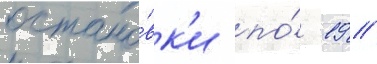
остано́вк'и по́ -19 //